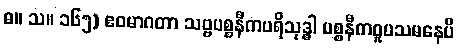
ဓ။ သ။ ၁၆၅) ဧဝမာဂတာ သဗ္ဗပစ္စနီကပရိသုဒ္ဓါ ပစ္စနီကဝူပသမနေပိ